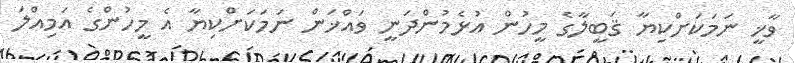
ވާޚީ ނަމަކަށްކިޔާ ޤަބީލާގެ މީހުން އުޅެމުންދަނީ ވައްޚަން ނަމަކަށްކިޔާ އެ މީހުންގެ އަމިއްލަ